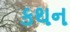
કથન